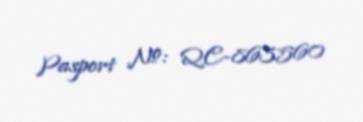
Pasport №: QC-863560